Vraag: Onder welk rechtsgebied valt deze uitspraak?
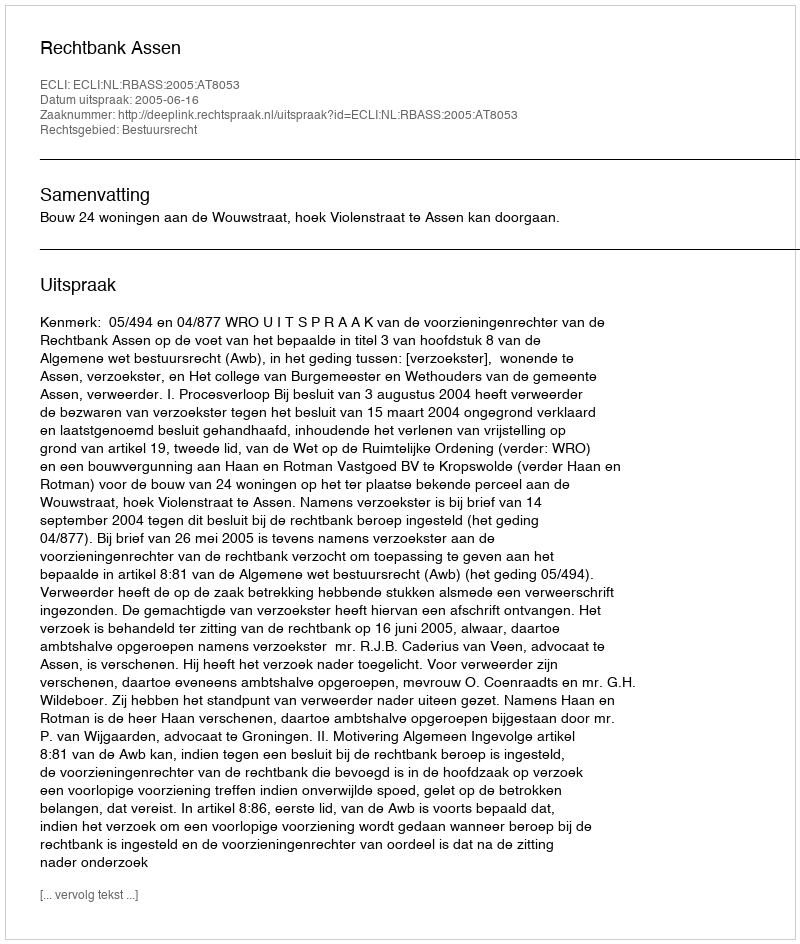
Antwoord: Bestuursrecht